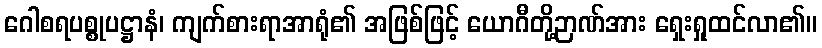
ဂေါစရပစ္စုပဋ္ဌာနံ၊ ကျက်စားရာအာရုံ၏ အဖြစ်ဖြင့် ယောဂီတို့ဉာဏ်အား ရှေးရှုထင်လာ၏။